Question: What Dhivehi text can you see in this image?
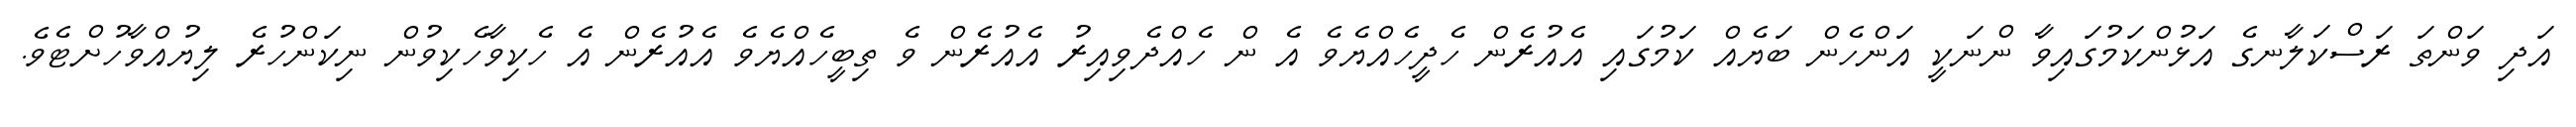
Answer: އަދި ވަންތަ ރަސްކަލާނގެ އަޅުންކަމުގައިވާ ންނަކީ އަންހެން ބަޔެއް ކަމުގައި އެއުރެން ހެދީހެއްޔެވެ އެ ން ހެއްދެވިއިރު އެއުރެން ވެ ތިބީހެއްޔެވެ އެއުރެން އެ ހެކިވާހެކިވުން ނިކަންހުރެ ލިޔުއްވާހުށްޓެވެ.